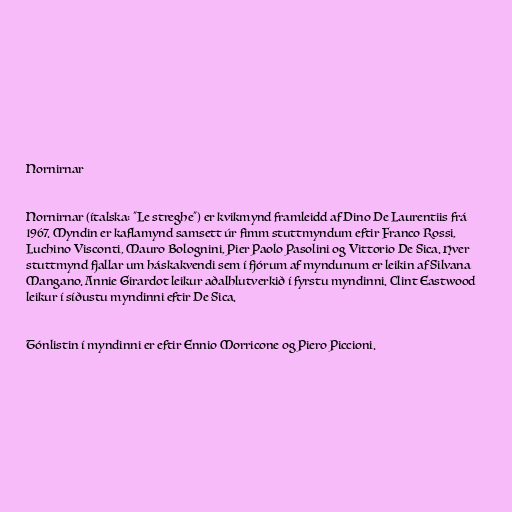
Nornirnar

Nornirnar (ítalska: "Le streghe") er kvikmynd framleidd af Dino De Laurentiis frá
1967. Myndin er kaflamynd samsett úr fimm stuttmyndum eftir Franco Rossi,
Luchino Visconti, Mauro Bolognini, Pier Paolo Pasolini og Vittorio De Sica. Hver
stuttmynd fjallar um háskakvendi sem í fjórum af myndunum er leikin af Silvana
Mangano. Annie Girardot leikur aðalhlutverkið í fyrstu myndinni. Clint Eastwood
leikur í síðustu myndinni eftir De Sica.

Tónlistin í myndinni er eftir Ennio Morricone og Piero Piccioni.